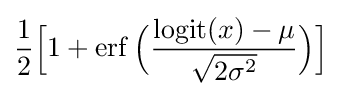
{\frac {1}{2}}{\Big [}1+\operatorname {erf} {\Big (}{\frac {\operatorname {logit} (x)-\mu }{\sqrt {2\sigma ^{2}}}}{\Big )}{\Big ]}